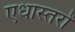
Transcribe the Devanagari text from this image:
एधास्तरों